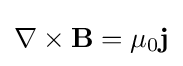
\nabla \times \mathbf {B} =\mu _{0}\mathbf {j}